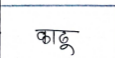
मजकूर: काढू